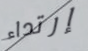
إرتداء